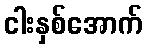
ငါးနှစ်အောက်